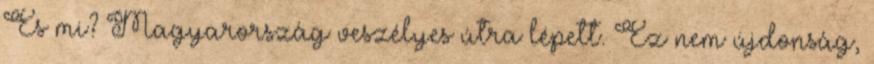
És mi? Magyarország veszélyes útra lépett. Ez nem újdonság,